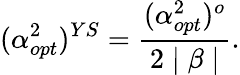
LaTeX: (\alpha_{opt}^{2})^{YS}=\frac{(\alpha_{opt}^{2})^{o}}{2\mid\beta\mid}.